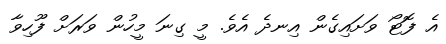
އެ ފޮޓޯ ވަށައިގެން އިނދެ އެވެ. މީ ގިނަ މީހުން ވަރަށް ފޫހިވާ